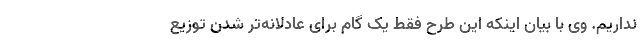
نداریم. وی با بیان اینکه این طرح فقط یک گام برای عادلانه‌تر شدن توزیع